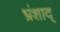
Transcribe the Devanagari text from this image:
भ्रंशाद्